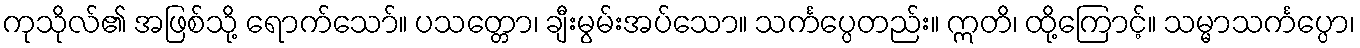
ကုသိုလ်၏ အဖြစ်သို့ ရောက်သော်။ ပသတ္တော၊ ချီးမွမ်းအပ်သော။ သင်္ကပ္ပေတည်း။ ဣတိ၊ ထို့ကြောင့်။ သမ္မာသင်္ကပ္ပော၊